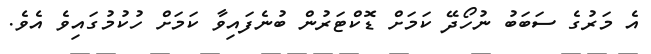
އެ މަރުގެ ސަބަބު ނުހޯދޭ ކަމަށް ޑޮކްޓަރުން ބުނެފައިވާ ކަމަށް ހުކުމުގައިވެ އެވެ.